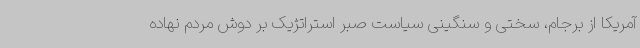
آمریکا از برجام، سختی و سنگینی سیاست صبر استراتژیک بر دوش مردم نهاده